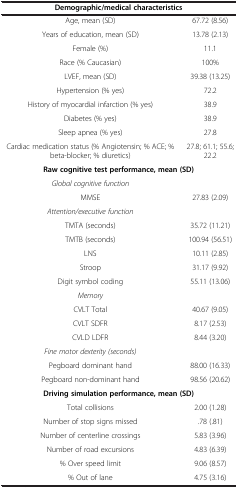
<table><thead><tr><td colspan="2"><b>Demographic/medical characteristics</b></td></tr></thead><tbody><tr><td>Age, mean (SD)</td><td>67.72 (8.56)</td></tr><tr><td>Years of education, mean (SD)</td><td>13.78 (2.13)</td></tr><tr><td>Female (%)</td><td>11.1</td></tr><tr><td>Race (% Caucasian)</td><td>100%</td></tr><tr><td>LVEF, mean (SD)</td><td>39.38 (13.25)</td></tr><tr><td>Hypertension (% yes)</td><td>72.2</td></tr><tr><td>History of myocardial infarction (% yes)</td><td>38.9</td></tr><tr><td>Diabetes (% yes)</td><td>38.9</td></tr><tr><td>Sleep apnea (% yes)</td><td>27.8</td></tr><tr><td>Cardiac medication status (% Angiotensin; % ACE; % beta-blocker; % diuretics)</td><td>27.8; 61.1; 55.6; 22.2</td></tr><tr><td colspan="2"><b>Raw cognitive test performance, mean (SD)</b></td></tr><tr><td><i>Global cognitive function</i></td><td> </td></tr><tr><td>MMSE</td><td>27.83 (2.09)</td></tr><tr><td><i>Attention/executive function</i></td><td> </td></tr><tr><td>TMTA (seconds)</td><td>35.72 (11.21)</td></tr><tr><td>TMTB (seconds)</td><td>100.94 (56.51)</td></tr><tr><td>LNS</td><td>10.11 (2.85)</td></tr><tr><td>Stroop</td><td>31.17 (9.92)</td></tr><tr><td>Digit symbol coding</td><td>55.11 (13.06)</td></tr><tr><td><i>Memory</i></td><td> </td></tr><tr><td>CVLT Total</td><td>40.67 (9.05)</td></tr><tr><td>CVLT SDFR</td><td>8.17 (2.53)</td></tr><tr><td>CVLD LDFR</td><td>8.44 (3.20)</td></tr><tr><td><i>Fine motor dexterity (seconds)</i></td><td> </td></tr><tr><td>Pegboard dominant hand</td><td>88.00 (16.33)</td></tr><tr><td>Pegboard non-dominant hand</td><td>98.56 (20.62)</td></tr><tr><td colspan="2"><b>Driving simulation performance, mean (SD)</b></td></tr><tr><td>Total collisions</td><td>2.00 (1.28)</td></tr><tr><td>Number of stop signs missed</td><td>.78 (.81)</td></tr><tr><td>Number of centerline crossings</td><td>5.83 (3.96)</td></tr><tr><td>Number of road excursions</td><td>4.83 (6.39)</td></tr><tr><td>% Over speed limit</td><td>9.06 (8.57)</td></tr><tr><td>% Out of lane</td><td>4.75 (3.16)</td></tr></tbody></table>